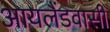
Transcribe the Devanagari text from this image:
आयलैंडवासी